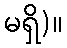
မရှိ)။